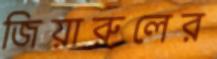
জিয়ারুলের